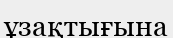
ұзақтығына